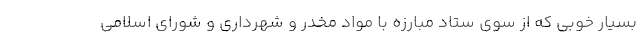
بسیار خوبی که از سوی ستاد مبارزه با مواد مخدر و شهرداری و شورای اسلامی